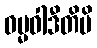
ဓမ္မဝါဒီတိပိ